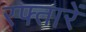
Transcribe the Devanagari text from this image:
रफ्तारें